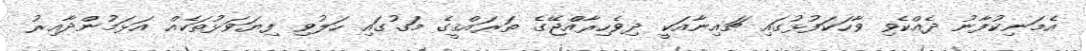
އެމަނިކުފާނު ދެއްކެވި ވާހަކަފުޅުގައި ޗައިނާއަކީ ދިވެހިރާއްޖޭގެ ތަރައްޤީގެ މަގުގައި ހަލުވި ފިޔަވަޅުތަކެއް އަޅަމުންދާއިރު